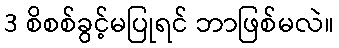
3 စိစစ်ခွင့်မပြုရင် ဘာဖြစ်မလဲ။